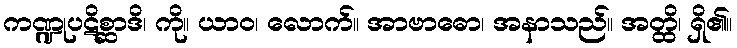
ကဏ္ဍုပဋိစ္ဆာဒိ၊ ကို။ ယာဝ၊ လောက်။ အာဗာဓော၊ အနာသည်။ အတ္ထိ၊ ရှိ၏။